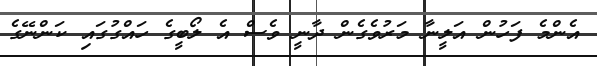
އެންމެ ފަހުން އަލީނާ މަރުވެގެން ދާނީ ވެސް އެ ލޯބީގެ ހައްގުގައި ކަންނޭގެ